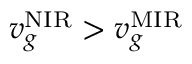
v _ { g } ^ { \mathrm { N I R } } > v _ { g } ^ { \mathrm { M I R } }